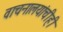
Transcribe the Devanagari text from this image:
वाचनालयांचीही